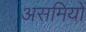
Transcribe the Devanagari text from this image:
असमियों